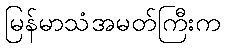
မြန်မာသံအမတ်ကြီးက